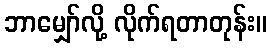
ဘာမျှော်လို့ လိုက်ရတာတုန်း။